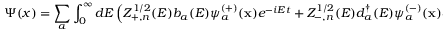
\Psi ( x ) = \sum _ { a } \int _ { 0 } ^ { \infty } d E \left( Z _ { + , n } ^ { 1 / 2 } ( E ) b _ { a } ( E ) \psi _ { a } ^ { ( + ) } ( { \bf x } ) e ^ { - i E t } + Z _ { - , n } ^ { 1 / 2 } ( E ) d _ { a } ^ { \dagger } ( E ) \psi _ { a } ^ { ( - ) } ( { \bf x } ) e ^ { + i E t } \right)